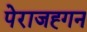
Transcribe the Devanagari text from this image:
पेराजह्गन